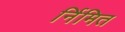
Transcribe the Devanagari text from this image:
र्निमित